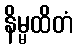
နိမ္မထိတံ